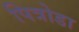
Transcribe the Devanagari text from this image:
पित्रोडा